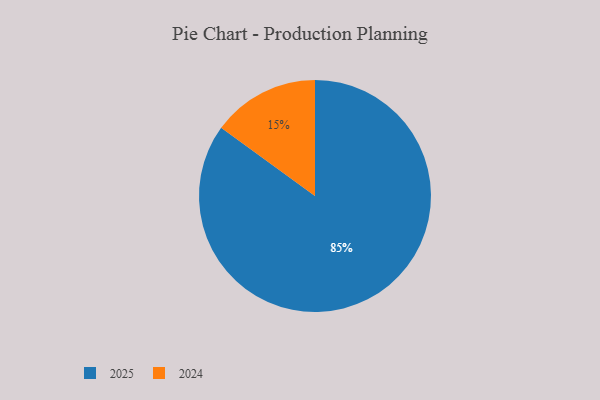
{"axis": {"x": "Category", "y": "Percentage"}, "legend": ["2024", "2025"], "data": [{"x": "2025", "y": 85, "type": "2025"}, {"x": "2024", "y": 15, "type": "2024"}]}